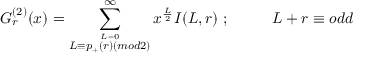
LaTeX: G _ { r } ^ { ( 2 ) } ( x ) = \sum _ { \stackrel { L = 0 } { L \equiv p _ { + } ( r ) ( m o d 2 ) } } ^ { \infty } x ^ { \frac { L } { 2 } } I ( L , r ) \; ; \; \; \; \; \; \; \; \; \; \; L + r \equiv o d d